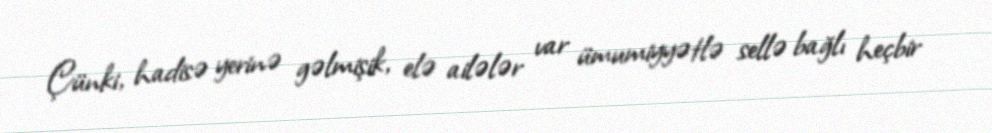
Çünki, hadisə yerinə gəlmişik, elə ailələr var ümumiyyətlə sellə bağlı heçbir